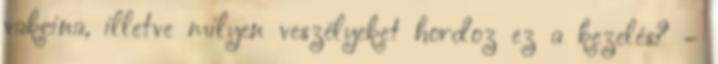
vakcina, illetve milyen veszélyeket hordoz ez a kezelés? –